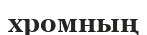
хромның